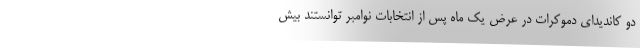
دو کاندیدای دموکرات در عرض یک ماه پس از انتخابات نوامبر توانستند بیش